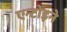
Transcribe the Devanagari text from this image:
एन्टोइने